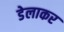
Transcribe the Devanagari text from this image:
डेलाकर